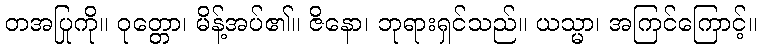
တအပြုကို။ ဝုတ္တော၊ မိန့်အပ်၏။ ဇိနော၊ ဘုရားရှင်သည်။ ယသ္မာ၊ အကြင်ကြောင့်။